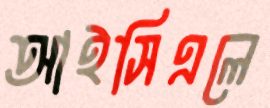
আইসিএলে